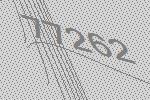
77262